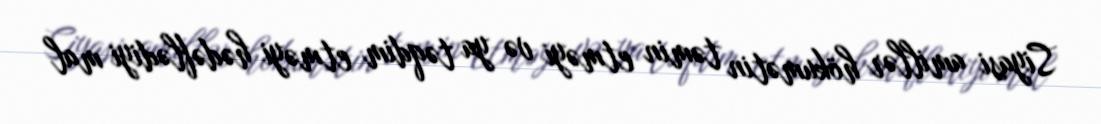
Siyasi amillər hökumətin təmin etməyi və ya təqdim etməyi hədəflədiyi mal